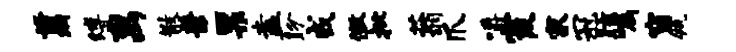
翦缚离散兼票盍盼戒徽批蓊爪嚼霞家冠眩嘱窗瓴